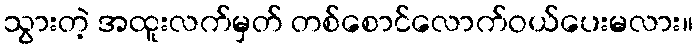
သွားတဲ့ အထူးလက်မှတ် တစ်စောင်လောက်ဝယ်ပေးမလား။